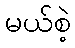
မယ်စဲ့